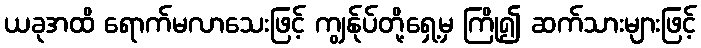
ယခုအထိ ရောက်မလာသေးဖြင့် ကျွန်ုပ်တို့ရှေ့မှ ကြို၍ ဆက်သားများဖြင့်